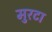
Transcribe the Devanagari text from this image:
मुरटा